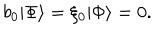
LaTeX: b _ { 0 } | \Phi \rangle = \xi _ { 0 } | \Phi \rangle = 0 .